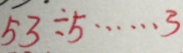
5 3 \div 5 \cdots 3